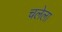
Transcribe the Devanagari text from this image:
चलेला